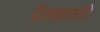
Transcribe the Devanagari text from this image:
रेतवाली